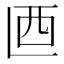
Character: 𰀾